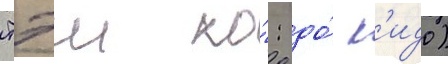
тэи ко́: до́ к'идо)